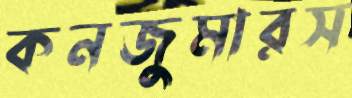
কনজুমারস